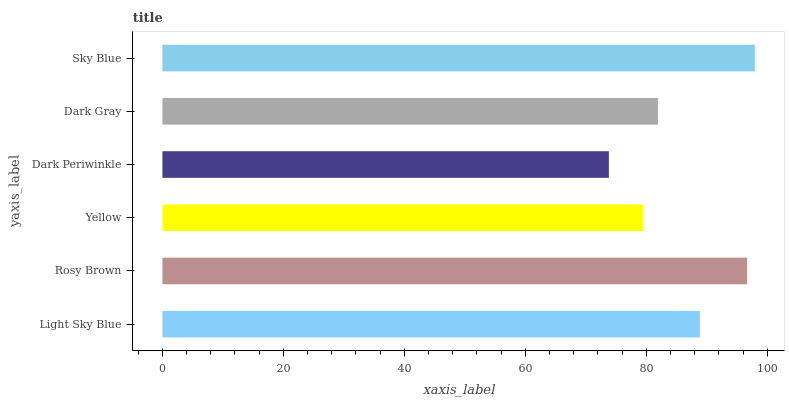
| yaxis_label | bars |
 | --- | --- |
 | Light Sky Blue | 88.9 |
 | Rosy Brown | 96.7 |
 | Yellow | 79.4 |
 | Dark Periwinkle | 73.8 |
 | Dark Gray | 81.9 |
 | Sky Blue | 98 |